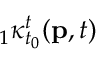
{ } _ { 1 } \kappa _ { t _ { 0 } } ^ { t } ( \mathbf { p } , t )